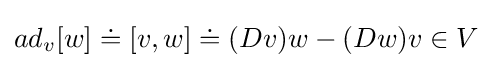
ad_{v}[w]\doteq [v,w]\doteq (Dv)w-(Dw)v\in V